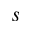
s